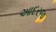
આદરજ